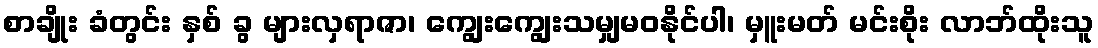
စာချိုး ခံတွင်း နှစ် ခွ များလှရာဇာ၊ ကျွေးကျွေးသမျှမဝနိုင်ပါ၊ မှူးမတ် မင်းစိုး လာဘ်ထိုးသူ